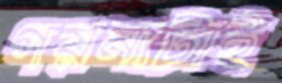
গয়নাটাই